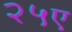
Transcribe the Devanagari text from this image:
२५ए